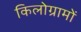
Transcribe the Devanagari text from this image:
किलोग्रामों